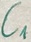
Text: C1